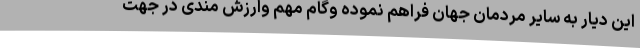
این دیار به سایر مردمان جهان فراهم نموده وگام مهم وارزش مندی در جهت